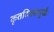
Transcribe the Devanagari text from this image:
कृतदिवसमुखैः